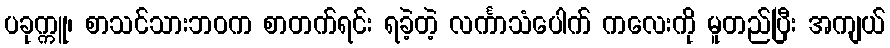
ပခုက္ကူ၊ စာသင်သားဘဝက စာတက်ရင်း ရခဲ့တဲ့ လင်္ကာသံပေါက် ကလေးကို မူတည်ပြီး အကျယ်